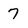
Character: 7